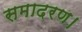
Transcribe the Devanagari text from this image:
समादरण।